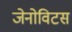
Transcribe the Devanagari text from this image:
जेनोविटस